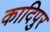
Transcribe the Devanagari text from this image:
कादिपुर